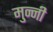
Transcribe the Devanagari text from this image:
मुन्‍नी